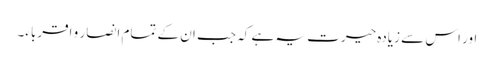
اور اس سے زیادہ حیرت یہ ہے کہ جب ان کے تمام انصار و اقرباء۔